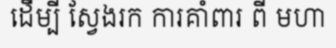
ដើម្បី ស្វែងរក ការគាំពារ ពី មហា